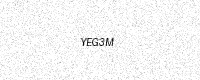
Text: YEG3M